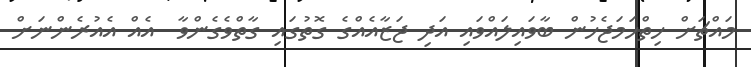
މައްޗަށް ހިތްހަމަޖެހުން ބާވައިލައްވައި އަދި ޖަޒާއެއްގެ ގޮތުގައި ގާތްވެގެންވާ  އެއް އެއުރެންނަށް